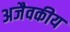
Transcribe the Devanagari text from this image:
अजैवकीय